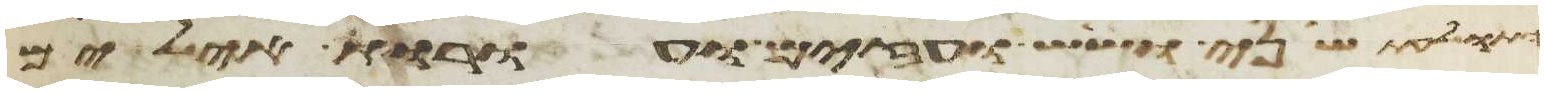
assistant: ותולעת שני ושש ועזים ועורות אילים